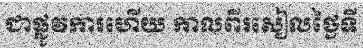
ជាផ្លូវការហើយ កាលពីរសៀលថ្ងៃទី